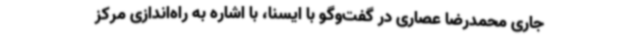
جاری محمدرضا عصاری در گفت‌وگو با ایسنا، با اشاره به راه‌اندازی مرکز